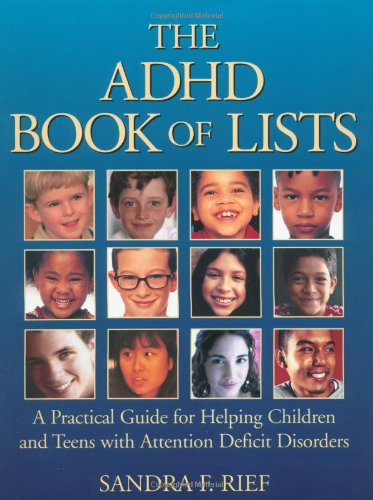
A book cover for The ADHD Book of Lists: A Practical Guide for Helping Children and Teens with Attention Deficit Disorders; Sandra F. Rief; Health, Fitness & Dieting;